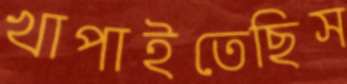
খাপাইতেছিস